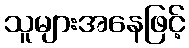
သူများအနေဖြင့်